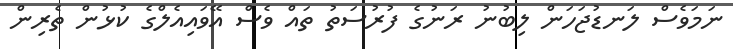
ނަމަވެސް ލަނޑުޖަހަން ލިބުނު ރަނުގެ ފުރުސަތު ތައް ވެސް އޭވައިއެލްގެ ކުޅުން ތެރިން